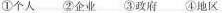
①个人 ②企业 ③政府 ④地区